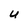
Character: U